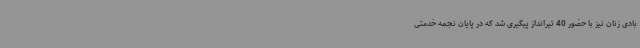
بادی زنان نیز با حضور 40 تیرانداز پیگیری شد که در پایان نجمه خدمتی